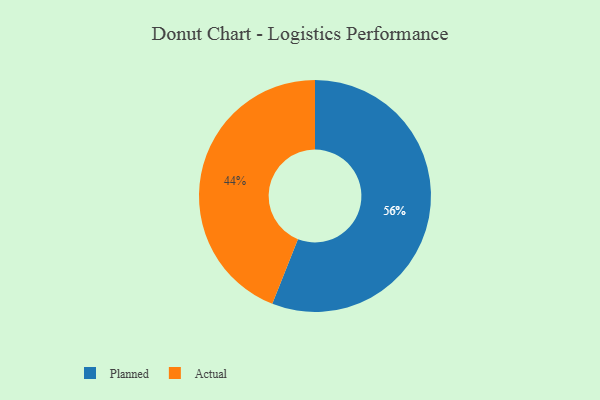
{"axis": {"x": "Category", "y": "Percentage"}, "legend": ["Actual", "Planned"], "data": [{"x": "Actual", "y": 44, "type": "Actual"}, {"x": "Planned", "y": 56, "type": "Planned"}]}